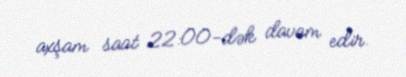
axşam saat 22:00-dək davam edir.